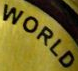
WORLD